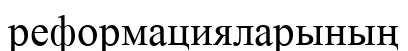
реформацияларының